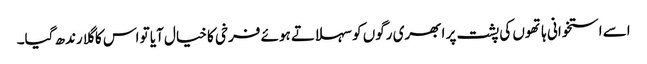
اسے استخوانی ہاتھوں کی پشت پر ابھری رگوں کو سہلاتے ہوئے فرخی کا خیال آیا تو اس کا گلا رندھ گیا۔